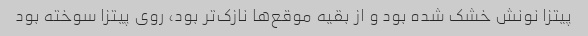
پیتزا نونش خشک شده بود و از بقیه موقع‌ها نازک‌تر بود، روی پیتزا سوخته بود